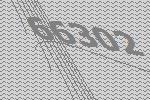
66302